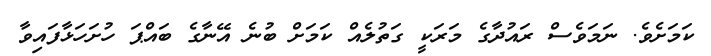
ކަމަށެވެ. ނަމަވެސް ރައުދާގެ މަރަކީ ގަތުލެއް ކަމަށް ބުނެ އޭނާގެ ބައްޕަ ހުށަހަޅާފައިވާ